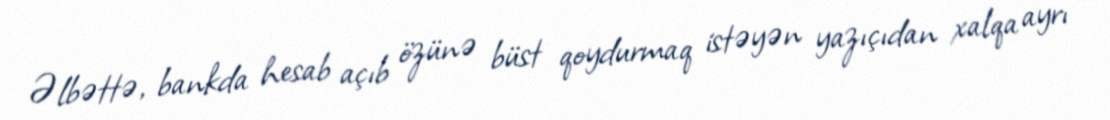
Əlbəttə, bankda hesab açıb özünə büst qoydurmaq istəyən yazıçıdan xalqa ayrı